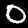
Digit: 0